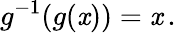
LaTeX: g^{-1}(g(\mathit{x}))=\mathit{x}\, .